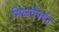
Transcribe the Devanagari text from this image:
मिळवेपर्यंत